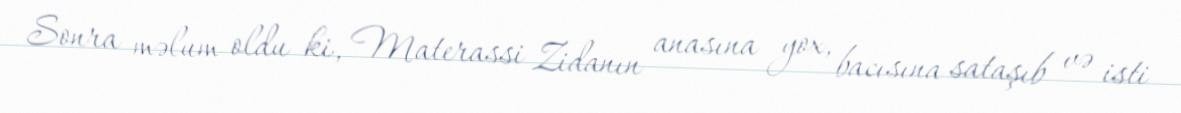
Sonra məlum oldu ki, Materassi Zidanın anasına yox, bacısına sataşıb və isti